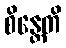
စိန္တေတိ